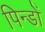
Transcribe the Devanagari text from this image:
पिन्डों